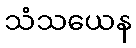
သံသယေန